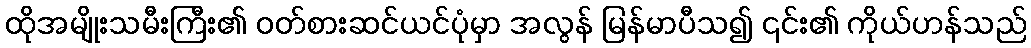
ထိုအမျိုးသမီးကြီး၏ ဝတ်စားဆင်ယင်ပုံမှာ အလွန် မြန်မာပီသ၍ ၎င်း၏ ကိုယ်ဟန်သည်